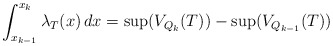
\begin{align*}\int^{x_k}_{x_{k-1}} \lambda_T(x) \, dx = \sup(V_{Q_k}(T)) - \sup(V_{Q_{k-1}}(T))\end{align*}